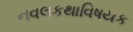
નવલકથાવિષયક